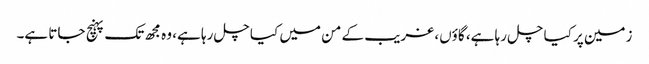
زمین پر کیا چل رہا ہے، گاؤں، غریب کے من میں کیا چل رہا ہے، وہ مجھ تک پہنچ جاتا ہے۔